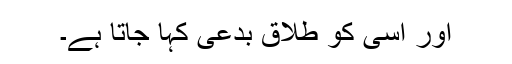
اور اسی کو طلاق بدعی کہا جاتا ہے۔